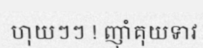
ហុយៗៗ ! ញ៉ាំគុយទាវ